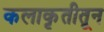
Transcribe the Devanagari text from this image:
कलाकृतीतून